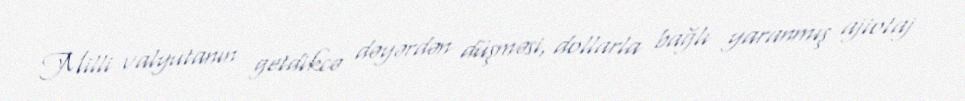
Milli valyutanın getdikcə dəyərdən düşməsi, dollarla bağlı yaranmış ajiotaj